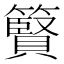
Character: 䉯